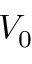
V _ { 0 }